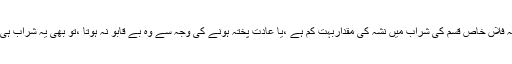
اگر کوئی شخص یہ کہے کہ فلاں خاص قسم کی شراب میں نشہ کی مقداربہت کم ہے ،یا عادت پختہ ہونے کی وجہ سے وہ بے قابو نہ ہوتا ،تو بھی یہ شراب ہی ہے اور بہر حال حرام ہے۔